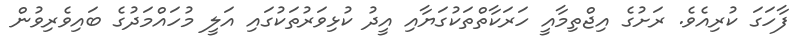
ފާހަގަ ކުރިއެވެ. ރަށުގެ އިޖްތިމާއީ ހަރަކާތްތަކުގަޔާއި އީދު ކުޅިވަރުތަކުގައި އަލީ މުހައްމަދުގެ ބައިވެރިވުން